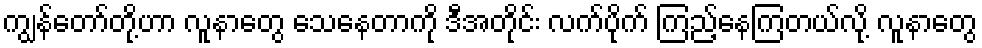
ကျွန်တော်တို့ဟာ လူနာတွေ သေနေတာကို ဒီအတိုင်း လက်ပိုက် ကြည့်နေကြတယ်လို့ လူနာတွေ